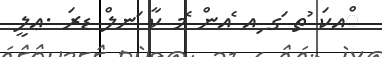
ްއކަ ުތ ަގ ިއ ެއން ެމ ކާ ަނލް ޑރަ .ޢލީ